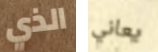
الذي يعاني